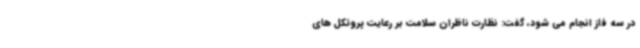
در سه فاز انجام می شود، گفت: نظارت ناظران سلامت بر رعایت پروتکل های